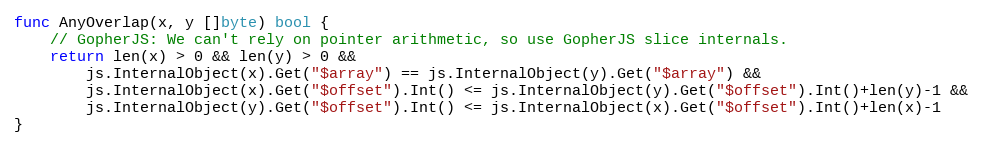
Language: Go
func AnyOverlap(x, y []byte) bool {
	// GopherJS: We can't rely on pointer arithmetic, so use GopherJS slice internals.
	return len(x) > 0 && len(y) > 0 &&
		js.InternalObject(x).Get("$array") == js.InternalObject(y).Get("$array") &&
		js.InternalObject(x).Get("$offset").Int() <= js.InternalObject(y).Get("$offset").Int()+len(y)-1 &&
		js.InternalObject(y).Get("$offset").Int() <= js.InternalObject(x).Get("$offset").Int()+len(x)-1
}